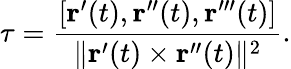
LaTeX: \tau={\frac{[\mathbf{r}^{\prime}(t),\mathbf{r}^{\prime\prime}(t),\mathbf{r}^{\prime\prime\prime}(t)]}{\| \mathbf{r}^{\prime}(t)\times\mathbf{r}^{\prime\prime}(t)\| ^{2}}}.